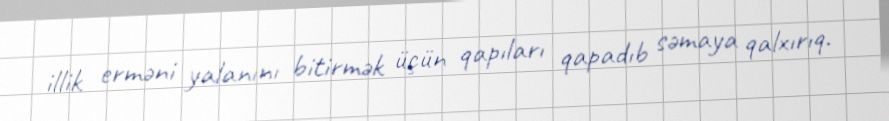
illik erməni yalanını bitirmək üçün qapıları qapadıb səmaya qalxırıq.